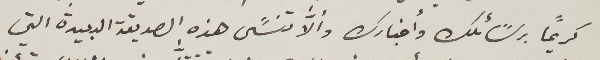
كريماً برسًائلك وأخبارك وألاَّ تنسًى هذه الصديقة البعيدة التي